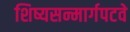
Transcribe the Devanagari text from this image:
शिष्यसन्मार्गपटवे